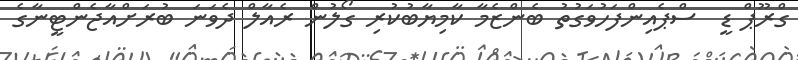
ގްރޫޕް ޑީ  ސްޕެއިންފަހުވަގުތު ބެންޒެމާ ކާމިޔާބުކުރި ގޯލުން ރެއާލް ދެވަނަ ބުރަށްއާޖެންޓީނާގެ